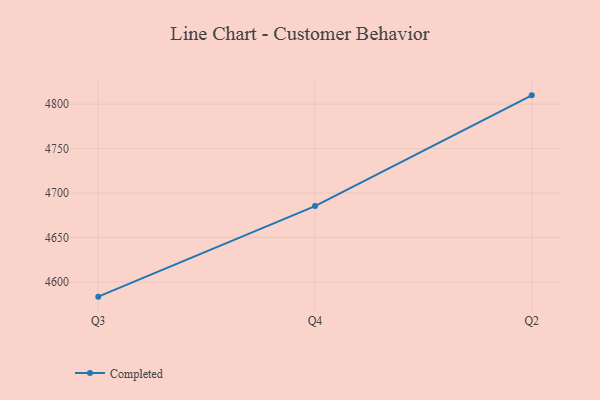
{"axis": {"x": "Quarter", "y": "Waste Production (Tons)"}, "legend": ["Completed"], "data": [{"x": "Q3", "y": 4583.5, "type": "Completed"}, {"x": "Q4", "y": 4685.4, "type": "Completed"}, {"x": "Q2", "y": 4809.9, "type": "Completed"}]}